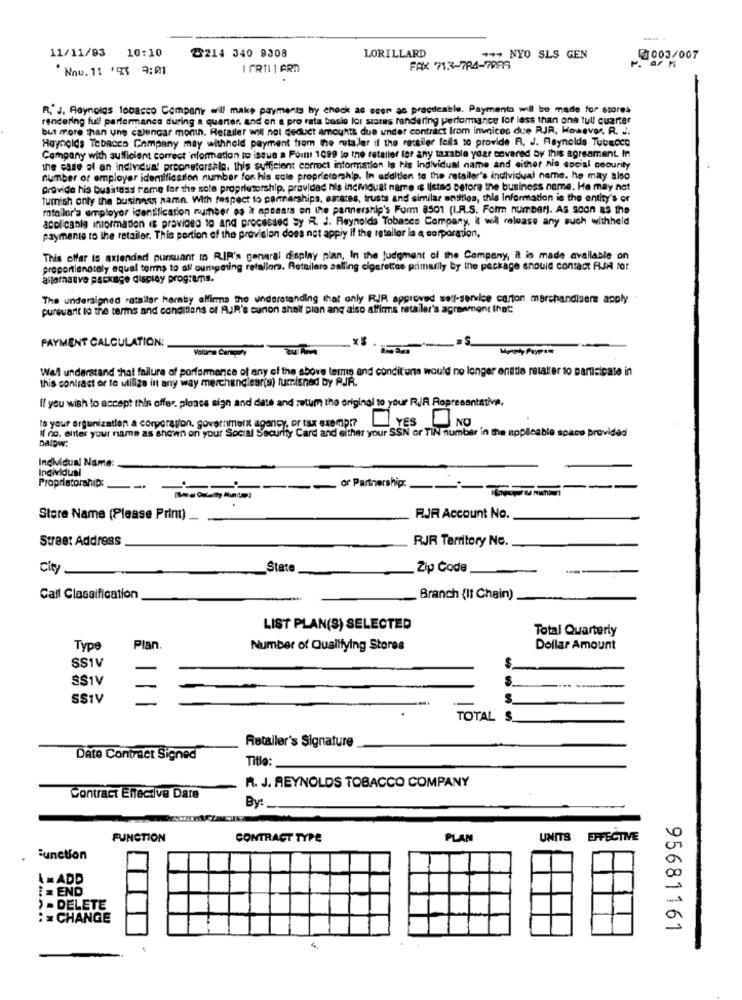
-.
11/11/93
10:10
2214 340 9308
LORILLARD
**- NYO SLS GEN
5003/007
Nnu.11 "1 9:01
I GRTL 1 ARD
FAX 713-784-7989
R. J. Reynolds tobacco Company will make payments hy chock ac acer ac practicable. Payments will be made for stores
rendering full parformance during a quarter, and on a pro rata basis for stores rendering performance for less than one tull quarter
but more than une calendar month. Retailer will nel deduct amounts due under contract from invoices due RJR, However. R. J.
Haynolds Tobacco Company may withheld payment from the retaler if the ressiler feils to provide R. J. Reynolds Tubecce
Company with sufficient correct information to issue a Fout 1099 to the retailer for any taxable year covered by this agreament. In
the case of an individual preonstorshle, this sufficient correct information Is Nis Individual name and either hio social security
number of employer identification number for his sole proprietorship. In addition to the retailer's individual name. he may also
Gravida his bushtass rame for the sole proprietorship, provided his incivouat name is listes before the business nome. He may not
tumish only the business namn. With respect to parmarships, estates, trusts and similar entitles, the Information is the entity's or
rato ler's employer identification number as it appears on the pannership's Form 8501 (I.A.S. Form number). As soon as the
applicable information is provided to and processed sy R. J. Reynolds Tobases Company, i will release any such withheld
paymente to the retailer. This portion of the provision does not apply if the tetaller la a corporation,
This offer is axiended pursuant to RIF's general display plan, In the judgment of the Company, it is made available on
propontlenately equal terms to all oumgming retallora. Retailero salling cigarettes primarily by the package should contact RJA for
aitornauve package display programs.
The undersigned retailer heraby alfirma the understanding that only RJR approved self-service carton merchandisera apply
pursuant to the terms and conditions of AUR's canon shall plan ang also affirma retailer's agreement that
PAYMENT CALCULATION;
Wal understand that fallura af porformance of any of the above terms and conditions would no longer entitle retalter to participate in
this contrast or to utilize in any way merchunclearis) fumisned by PJR.
If you wish to accept this offer. please sign and date and zetum the original to your RIA Ropresentative,
Is your ergunization a corporation. government agency, or tax exempt?
YES NO
N no, eller your name as shown on your Social Security Card and either your SSN or TIN number in the applicable space provided
Dalow:
Individual
Individual Name:
Proprietorship :_
---
or Partnership:
Store Name (Please Print) _
RJR Account No.
Street Address
RJR Territory No.
City
State
Zip Code
--
Call Classification
Branch (II Chain)
LIST PLAN(S) SELECTED
Total Quarterly
Type
Plan.
Number of Qualifying Stores
Dollar Amount
SS1V
SS1V
S
.... .
SSTV
TOTAL $.
Retailer's Signature
Date Contract Signed
Title:
R. J. REYNOLDS TOBACCO COMPANY
Contract Enective Dare
By:
10
FUNCTION
CONTRACT TYPE
PLAN
UNITS EFFECTIVE
Function
A=ADD
: = END
-
> = DELETE
: > CHANGE
95681161